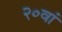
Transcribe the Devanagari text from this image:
२०वां